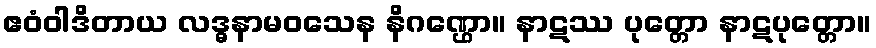
ဧဝံဝါဒိတာယ လဒ္ဓနာမဝသေန နိဂဏ္ဌော။ နာဋဿ ပုတ္တော နာဋပုတ္တော။